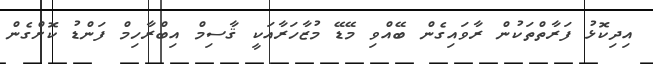
އިދިކޮޅު ފަރާތްތަކުން ރާވައިގެން ބޭއްވި މޭޑޭ މުޒާހަރާއަކީ ޤާސިމް އިބްރާހިމް ފަންޑު ކޮށްގެން